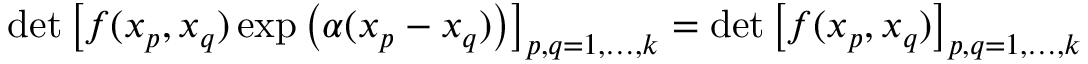
\operatorname * { d e t } \left[ f ( x _ { p } , x _ { q } ) \exp \left( \alpha ( x _ { p } - x _ { q } ) \right) \right] _ { p , q = 1 , \ldots , k } = \operatorname * { d e t } \left[ f ( x _ { p } , x _ { q } ) \right] _ { p , q = 1 , \ldots , k }